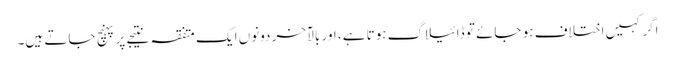
اگر کہیں اختلاف ہو جائے تو ڈائیلاگ ہوتا ہے، اور بالآخر دونوں ایک متفقہ نتیجے پر پہنچ جاتے ہیں۔